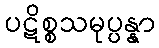
ပဋိစ္စသမုပ္ပန္နာ